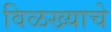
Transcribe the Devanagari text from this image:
विळख्याचे